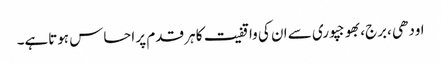
اودھی ،برج،بھوجپوری سے ان کی واقفیت کا ہر قدم پر احساس ہوتاہے۔